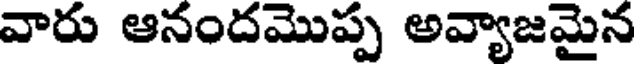
వారు ఆనందమొప్ప అవ్యాజమైన